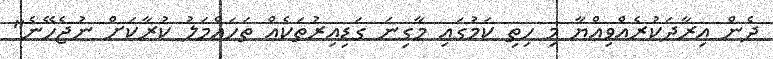
ދެން އިރާދަކުރެއްވިއްޔާ މި ހިތި ކަމުގައި މާގިނަ ގަޑިއިރުތަކެއް ތަހައްމަލު ކުރާކަށް ނުޖެހޭނެ"